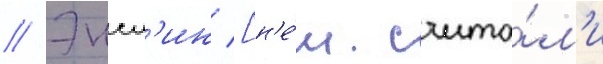
// Энсл'ин [н'е́м. счита́л'и